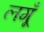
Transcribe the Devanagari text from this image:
लगूँ